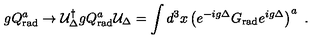
g Q _ { \mathrm { r a d } } ^ { a } \to { \cal U } _ { \Delta } ^ { \dagger } g Q _ { \mathrm { r a d } } ^ { a } { \cal U } _ { \Delta } = \int d ^ { 3 } x \left( e ^ { - i g \Delta } G _ { \mathrm { r a d } } e ^ { i g \Delta } \right) ^ { a } \ .